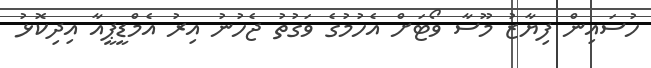
ހުސައިން ފިޔާޒު މޫސާ ވޯޓަށް އެހުމުގެ ވަގުތު ޖެހުނު އިރު އެމްޑީޕީއާ އިދިކޮޅު